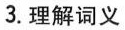
3.理解词义